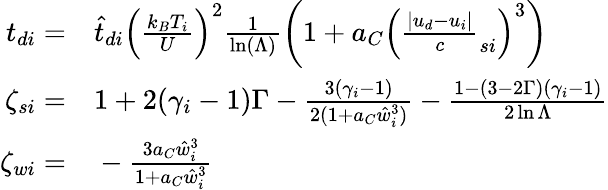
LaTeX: \begin{array}{rl}{{t_{di}}=}&{{}\hat{t}_{di}\left(\frac{k_{B}T_{i}}U\right)^{2}\frac 1{\ln(\Lambda)}\left(1+a_{C}\left(\frac{|{u_{d}}-{u_{i}}|}c_{si}\right)^{3}\right)}\\ {\zeta_{si}=}&{{}1+2(\gamma_{i}-1)\Gamma-\frac{3(\gamma_{i}-1)}{2(1+a_{C}\hat{w}_{i}^{3})}-\frac{1-(3-2\Gamma)(\gamma_{i}-1)}{2\ln{\Lambda}}}\\ {\zeta_{wi}=}&{{}-\frac{3a_{C}\hat{w}_{i}^{3}}{1+a_{C}\hat{w}_{i}^{3}}}\end{array}